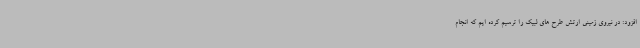
افزود: در نیروی زمینی ارتش طرح های لبیک را ترسیم کرده ایم که انجام